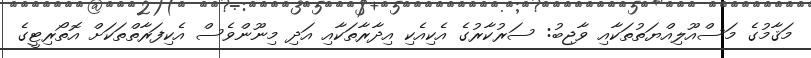
މަޤާމުގެ މަސްއޫލިއްޔަތުތަކާއި ވާޖިބު: ސަރުކާރުގެ އެކިއެކި އިދާރާތަކާއި އަދި މިނޫންވެސް އެކިފަރާތްތަކަށް އޮތޯރިޓީގެ